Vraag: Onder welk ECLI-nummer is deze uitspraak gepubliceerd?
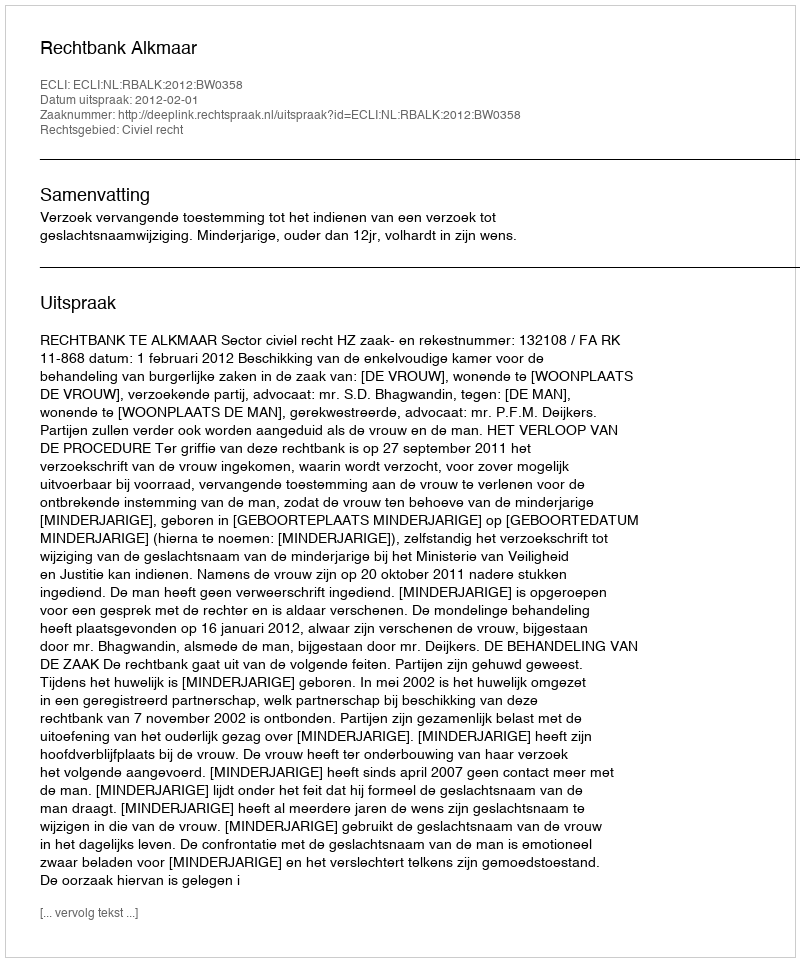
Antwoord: ECLI:NL:RBALK:2012:BW0358